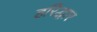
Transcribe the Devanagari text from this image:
हरिद्धार